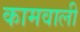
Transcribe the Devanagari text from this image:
कामवाली